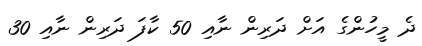
ދެ މީހުންގެ އަށް ދަރިން ނާއި 50 ކާފަ ދަރިން ނާއި 30